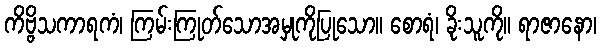
ကိဗ္ဗိသကာရကံ၊ ကြမ်းကြုတ်သောအမှုကိုပြုသော။ စောရံ၊ ခိုးသူကို။ ရာဇာနော၊